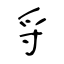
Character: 寽